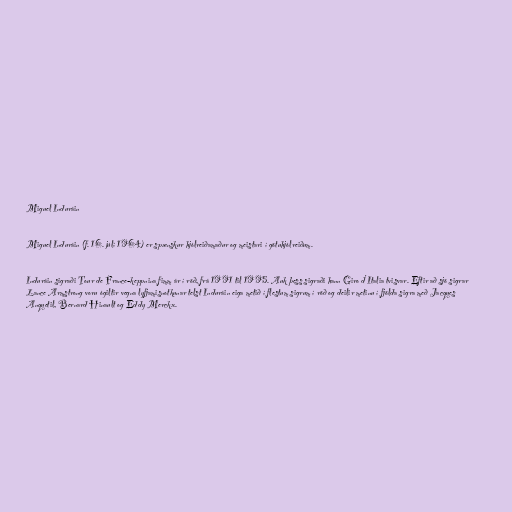
Miguel Induráin

Miguel Induráin (f. 16. júlí 1964) er spænskur hjólreiðamaður og meistari í götuhjólreiðum.

Induráin sigraði Tour de France-keppnina fimm ár í röð, frá 1991 til 1995. Auk þess sigraði hann Giro d'Italia tvisvar. Eftir að sjö sigrar
Lance Armstrong voru ógiltir vegna lyfjamisnotkunar telst Induráin eiga metið í flestum sigrum í röð og deilir metinu í fjölda sigra með Jacques
Anquetil, Bernard Hinault og Eddy Merckx.